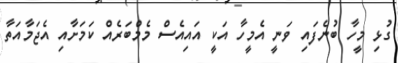
ގުޅި މީހާ ބުނެފައި ވަނީ އެމީހާ އަކީ އައިއެސް މެމްބަރެއް ކަމަށާއި އެޖަމާއަތާ